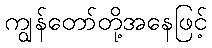
ကျွန်တော်တို့အနေဖြင့်